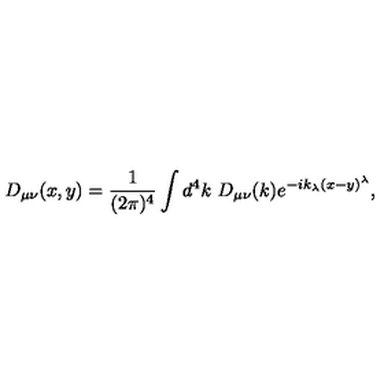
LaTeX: D _ { \mu \nu } ( x , y ) = \frac { 1 } { ( 2 \pi ) ^ { 4 } } \int d ^ { 4 } k \ D _ { \mu \nu } ( k ) e ^ { - i k _ { \lambda } ( x - y ) ^ { \lambda } } ,